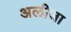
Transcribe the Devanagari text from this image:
अलीजा